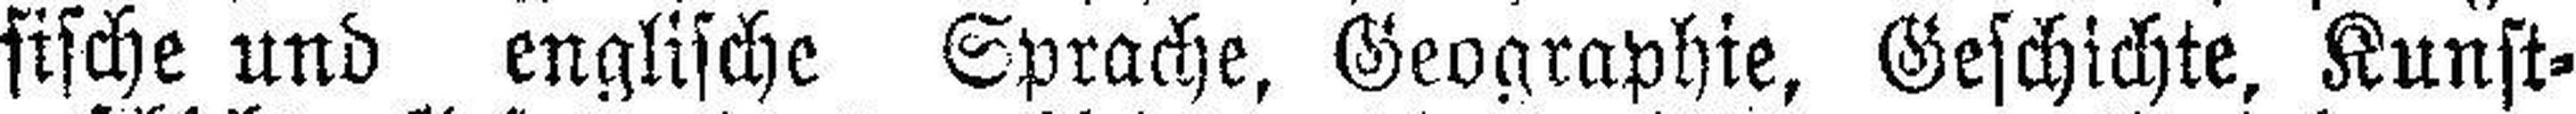
sische und englische Sprache, Geographie, Geschichte, Kunst¬